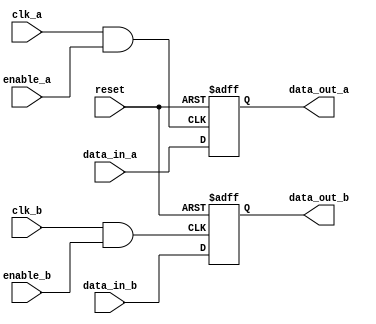
module memory_block_multiple_clock_domain (
    input wire clk_a,          // Clock for domain A
    input wire clk_b,          // Clock for domain B
    input wire enable_a,       // Enable signal for clock domain A
    input wire enable_b,       // Enable signal for clock domain B
    input wire reset,          // Asynchronous reset
    input wire [7:0] data_in_a,// Data input for domain A
    input wire [7:0] data_in_b,// Data input for domain B
    output reg [7:0] data_out_a,// Data output for domain A
    output reg [7:0] data_out_b // Data output for domain B
);

    // Gated clock signals
    wire gated_clk_a;
    wire gated_clk_b;

    // Clock gating logic
    assign gated_clk_a = clk_a & enable_a; // AND gate for clock gating
    assign gated_clk_b = clk_b & enable_b; // AND gate for clock gating

    // Memory operation for domain A
    always @(posedge gated_clk_a or posedge reset) begin
        if (reset) begin
            data_out_a <= 8'b0; // Reset output
        end else begin
            data_out_a <= data_in_a; // Capture data
        end
    end

    // Memory operation for domain B
    always @(posedge gated_clk_b or posedge reset) begin
        if (reset) begin
            data_out_b <= 8'b0; // Reset output
        end else begin
            data_out_b <= data_in_b; // Capture data
        end
    end

endmodule